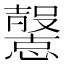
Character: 𢤶